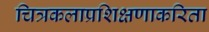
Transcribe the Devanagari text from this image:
चित्रकलाप्रशिक्षणाकरिता